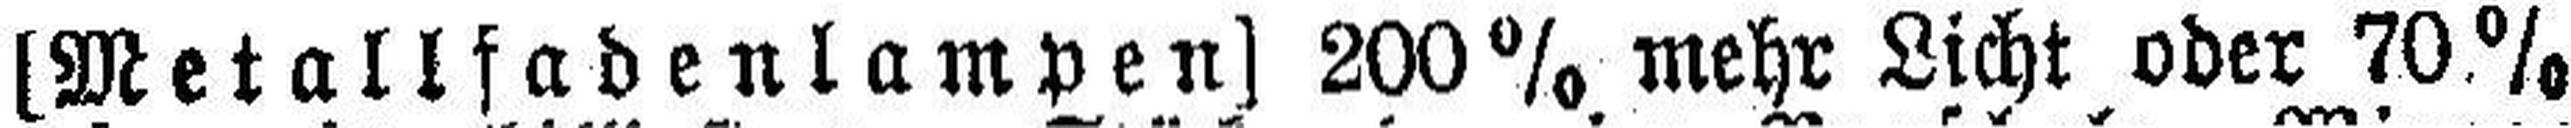
[Metallfadenlampen] 200% mehr Licht oder 70%